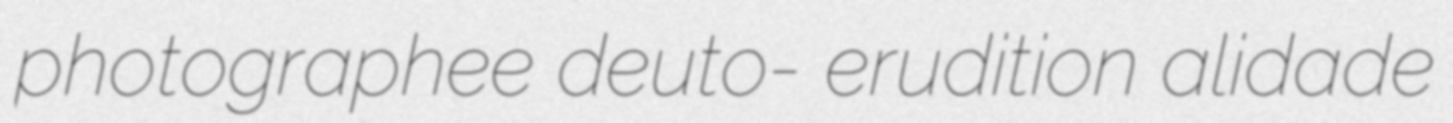
photographee deuto- erudition alidade